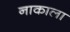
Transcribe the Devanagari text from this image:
नाकाला